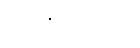
သာမညဖလံ